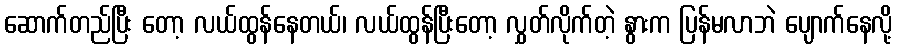
ဆောက်တည်ပြီး တော့ လယ်ထွန်နေတယ်၊ လယ်ထွန်ပြီးတော့ လွှတ်လိုက်တဲ့ နွားက ပြန်မလာဘဲ ပျောက်နေလို့